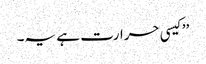
’’کیسی حرارت ہے یہ۔